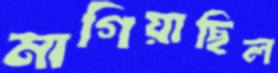
মাগিয়াছিল